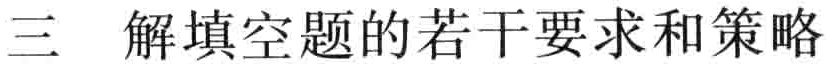
三  解填空题的若干要求和策略